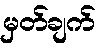
မှတ်ချက်